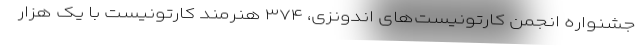
جشنواره انجمن کارتونیست‌های اندونزی، ۳۷۴ هنرمند کارتونیست با یک هزار